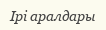
Ірі аралдары